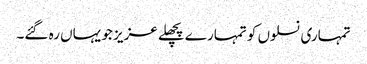
تمہاری نسلوں کو تمہارے پچھلے عزیز جو یہاں رہ گئے۔